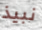
نبيذ